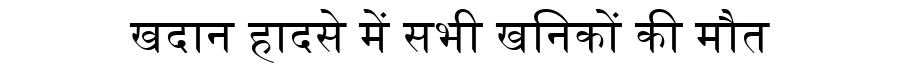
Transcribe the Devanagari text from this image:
खदान हादसे में सभी खनिकों की मौत